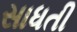
સાધતી